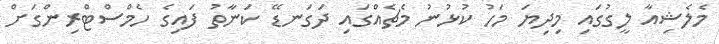
މެލެޝިއާ ލީގުގައި މިދިޔަ މަހު ކުޅުނު މެޗެއްގައި ދަގަނޑޭ ކަނާތު ފައިގެ ހެމްސްޓްރިންގަށް